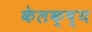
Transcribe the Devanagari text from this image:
केलक्ष्य